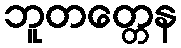
ဘူတတ္တေန